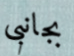
بجانبى